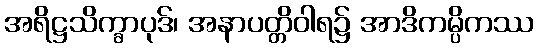
အရိဋ္ဌသိက္ခာပုဒ်၊ အနာပတ္တိဝါရ၌ အာဒိကမ္ပိကဿ